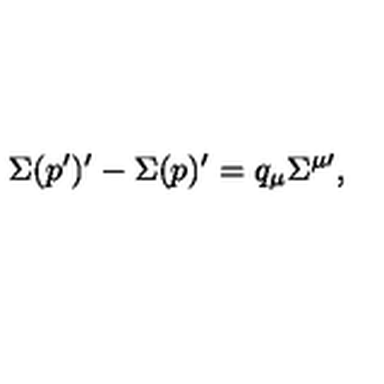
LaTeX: \Sigma ( p ^ { \prime } ) ^ { \prime } - \Sigma ( p ) ^ { \prime } = q _ { \mu } \Sigma ^ { \mu \prime } ,